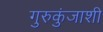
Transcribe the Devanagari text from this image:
गुरुकुंजाशी